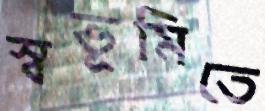
স্বভূমিতে